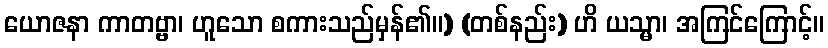
ယောဇနာ ကာတဗ္ဗာ၊ ဟူသော စကားသည်မှန်၏။) (တစ်နည်း) ဟိ ယသ္မာ၊ အကြင်ကြောင့်။